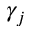
\gamma _ { j }